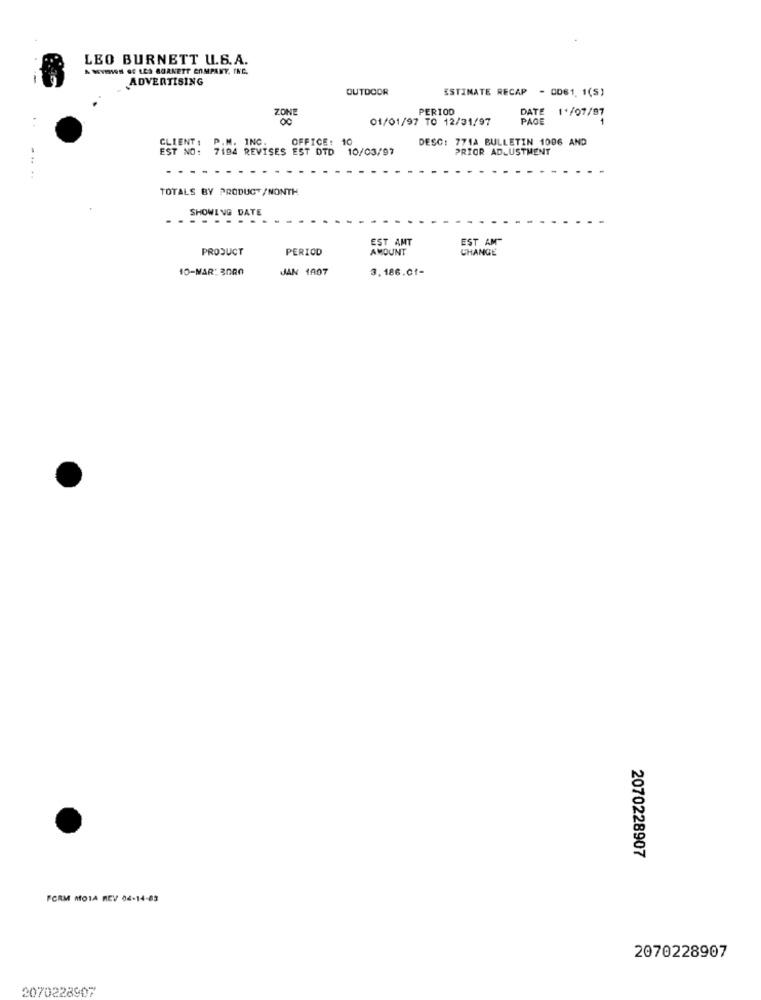
LEO BURNETT U.S.A.
& MYHWH SE LES BURNETT COMPANY, INC.
ADVERTISING
OUTDOOR
ESTIMATE RECAP - 0061. 1(S)
PERIOD
DATE 1*/07/97
ZONE
01/01/97 TO 12/31/97
PAGE
. .
DESC: 771A BULLETIN 1006 AND
CLIENT :
EST NO:
: 7194 REVISES EST DTD 10/03/97
OFFICE: 1
PRIOR ADJUSTMENT
TOTALS BY PRODUCT /NONTH
SHOWING DATE
.......
EST AMT
EST AM
PRODUCT
PERIOD
AMOUNT
CHANGE
10-MAR: 3020
JAN 1007
3.186.0f-
2070228907
FORM MOTA REV 04-14-83
2070228907
2070228907